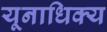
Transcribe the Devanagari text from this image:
यूनाधिक्य